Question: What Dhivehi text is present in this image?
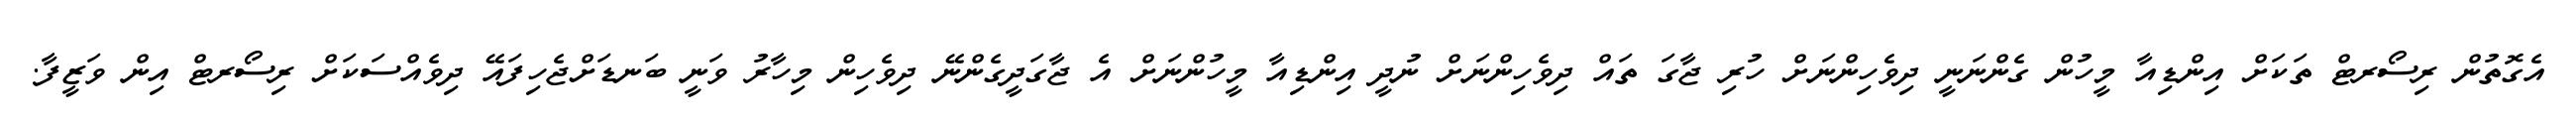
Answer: އެގޮތުން ރިސޯރޓް ތަކަށް އިންޑިއާ މީހުން ގެންނަނީ ދިވެހިންނަށް ހުރި ޖާގަ ތައް ދިވެހިންނަށް ނުދީ އިންޑިއާ މީހުންނަށް އެ ޖާގަދީގެންނޭ ދިވެހިން މިހާރު ވަނީ ބަނޑަށްޖެހިފައޭ ދިވެއްސަކަށް ރިސޯރޓް އިން ވަޒީފާ.